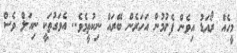
މީހެއް ރޯއަޑު އިވެން ފެށުމުން އަހަރެން ބޭރައް ނިކުތީމެވެ.. އެވަގުތަކީ ނިއަލް ވެސް